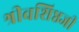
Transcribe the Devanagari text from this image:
श्रीवशिष्ठजी